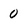
Character: 0